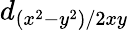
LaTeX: d_{(x^{2}-y^{2})/{2xy}}